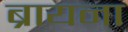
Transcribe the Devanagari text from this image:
ब्रायना